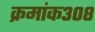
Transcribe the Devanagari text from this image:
क्रमांक३०८